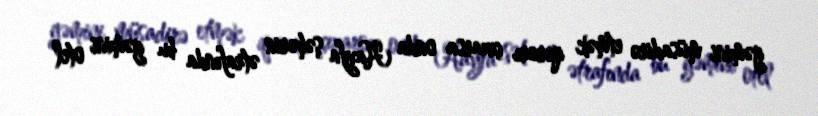
gəmini müsadirə etmək qərarı çıxarsa onda Hayfa şəhərin ətrafında bu gəmini otel